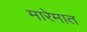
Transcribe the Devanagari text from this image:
मारेमात